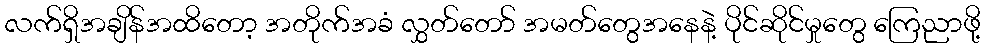
လက်ရှိအချိန်အထိတော့ အတိုက်အခံ လွှတ်တော် အမတ်တွေအနေနဲ့ ပိုင်ဆိုင်မှုတွေ ကြေညာဖို့